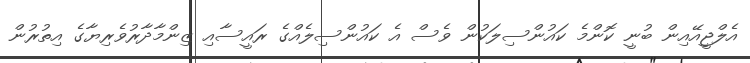
އެލްޖީއޭއިން ބުނީ ކޮންމެ ކައުންސިލަކުން ވެސް އެ ކައުންސިލެއްގެ ރައީސާއި ޒިންމާދާރުވެރިޔާގެ އިތުރުން